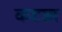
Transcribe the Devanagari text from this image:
कटड़ा